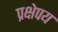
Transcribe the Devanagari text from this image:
प्रक्षेपय